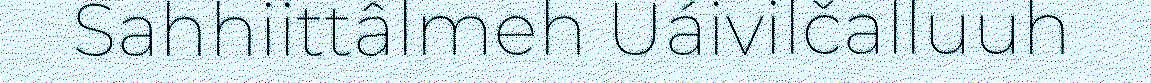
Sahhiittâlmeh Uáivilčalluuh